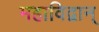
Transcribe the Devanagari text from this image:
महाविद्वान्